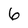
Character: 6